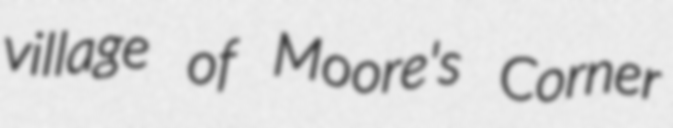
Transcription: village of Moore's Corner